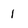
Character: 1